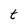
Character: t